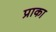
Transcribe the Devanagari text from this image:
प्राका